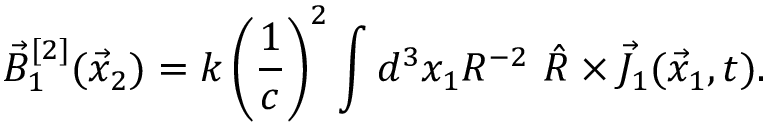
\vec { B } _ { 1 } ^ { [ 2 ] } ( \vec { x } _ { 2 } ) = k \left( \frac { 1 } { c } \right) ^ { 2 } \int d ^ { 3 } x _ { 1 } R ^ { - 2 } ~ \hat { R } \times \vec { J } _ { 1 } ( \vec { x } _ { 1 } , t ) .